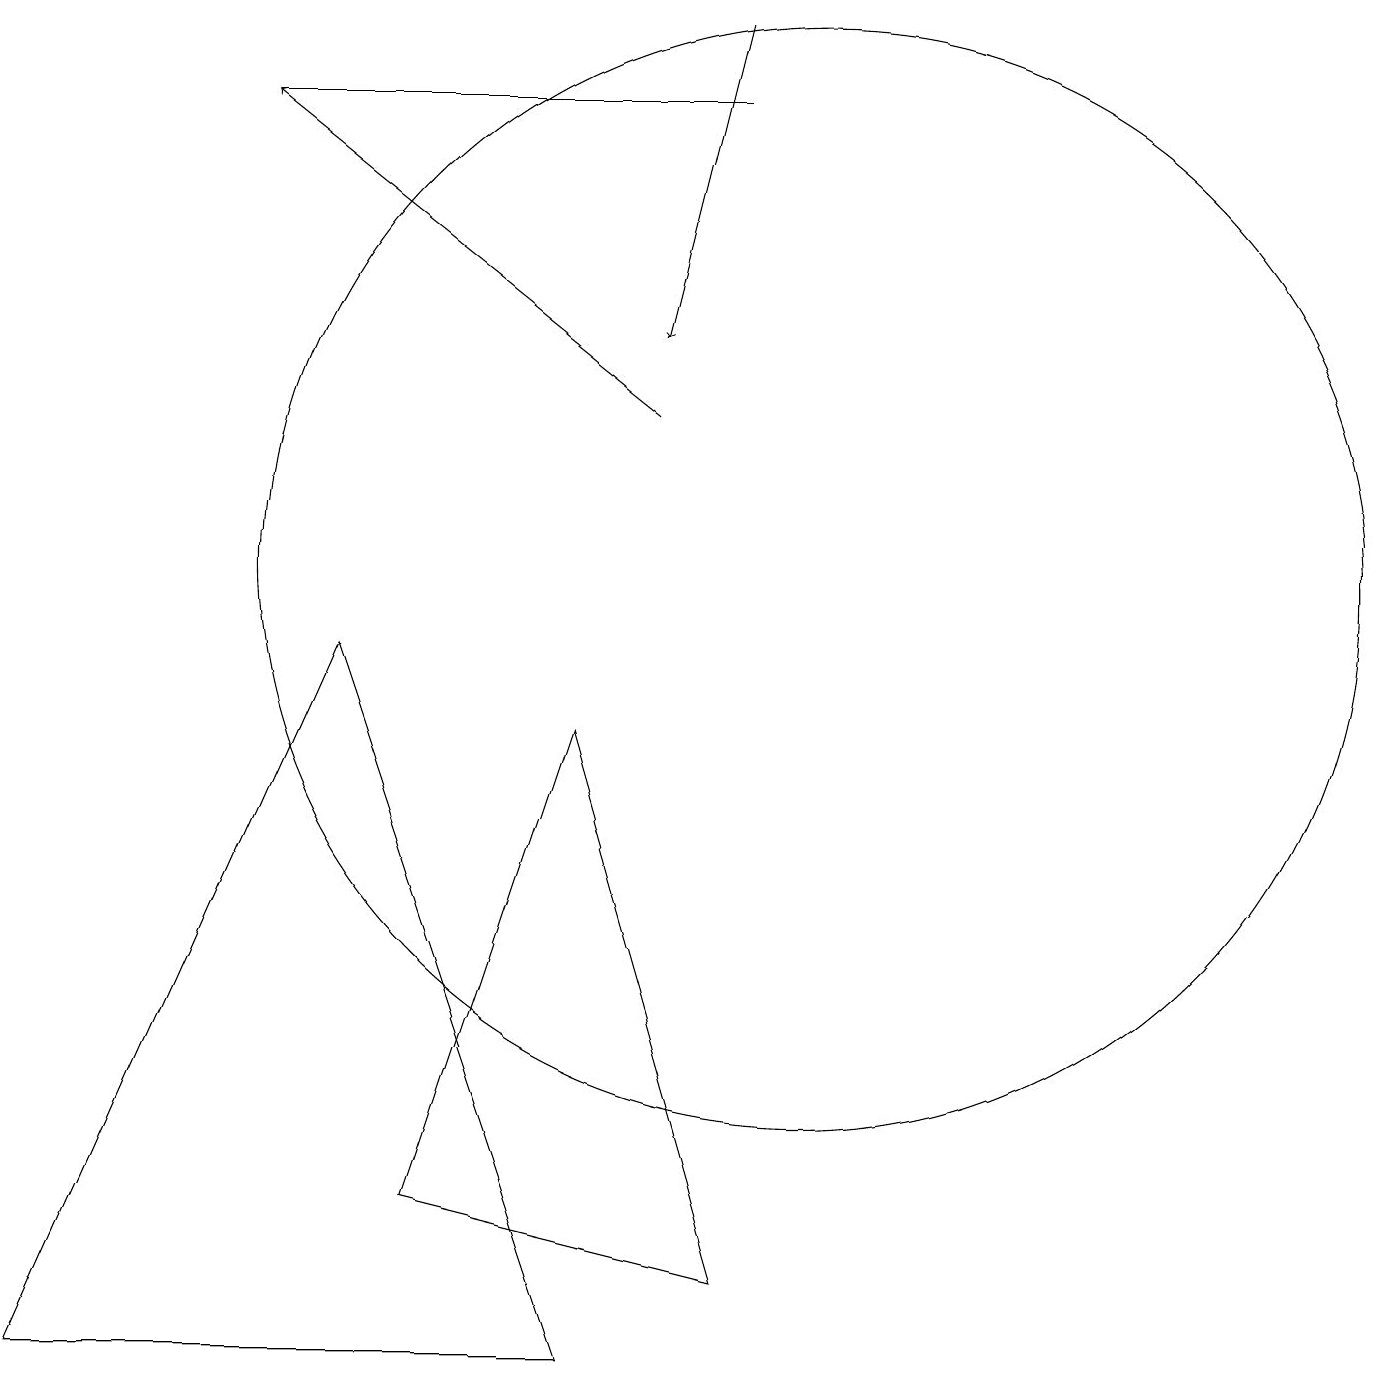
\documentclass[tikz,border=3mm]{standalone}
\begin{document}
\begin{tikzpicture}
\draw (10,10) circle (7);
\draw (5,2) -- (7,8) -- (9,1) -- cycle;
\draw (7,0) -- (4,9) -- (0,0) -- cycle;
\draw[->] (8,12) -- (3,16);
\draw (10,11) circle (0);
\draw (9,16) rectangle (3,16);
\draw[->] (9,17) -- (8,13);
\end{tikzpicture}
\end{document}